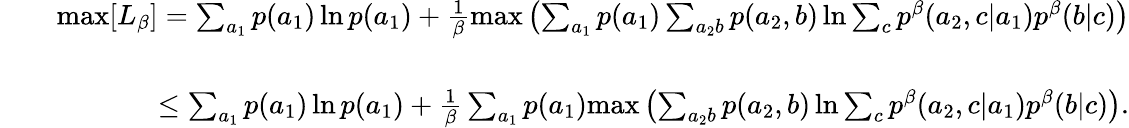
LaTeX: \begin{array}{rlr}&{}&{\mathrm{max}[L_{\beta}]=\sum_{a_{1}}p(a_{1})\ln p(a_{1})+\frac{1}{\beta}\mathrm{max}\left(\sum_{a_{1}}p(a_{1})\sum_{a_{2}b}p(a_{2},b)\ln\sum_{c}p^{\beta}(a_{2},c|a_{1})p^{\beta}(b|c)\right)}\\ &{}&\\ &{}&{\leq\sum_{a_{1}}p(a_{1})\ln p(a_{1})+\frac{1}{\beta}\sum_{a_{1}}p(a_{1})\mathrm{max}\left(\sum_{a_{2}b}p(a_{2},b)\ln\sum_{c}p^{\beta}(a_{2},c|a_{1})p^{\beta}(b|c)\right).}\end{array}